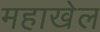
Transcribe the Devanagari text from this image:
महाखेल